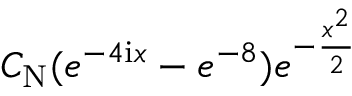
C _ { \mathrm { N } } ( e ^ { - 4 \mathrm { i } x } - e ^ { - 8 } ) e ^ { - \frac { x ^ { 2 } } { 2 } }